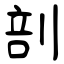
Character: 剖